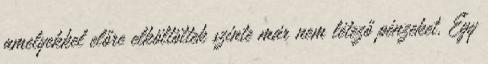
amelyekkel előre elköltöttek szinte már nem létező pénzeket. Egy